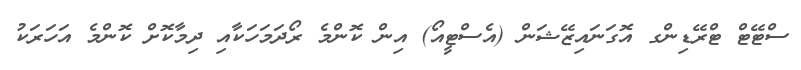
ސްޓޭޓް ޓްރޭޑިންގ އޮގަނައިޒޭޝަން (އެސްޓީއޯ) އިން ކޮންމެ ރޯދަމަހަކާއި ދިމާކޮށް ކޮންމެ އަހަރަކު